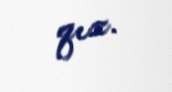
qız.